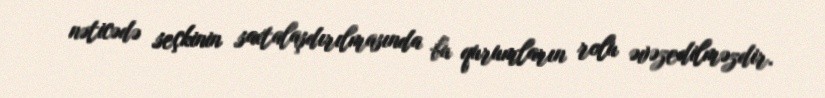
nəticədə seçkinin saxtalaşdırılmasında bu qurumların rolu əvəzedilməzdir.